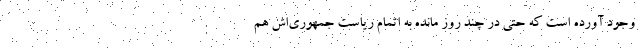
وجود آورده است که حتی در چند روز مانده به اتمام ریاست جمهوری‌اش هم